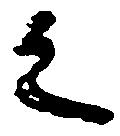
之